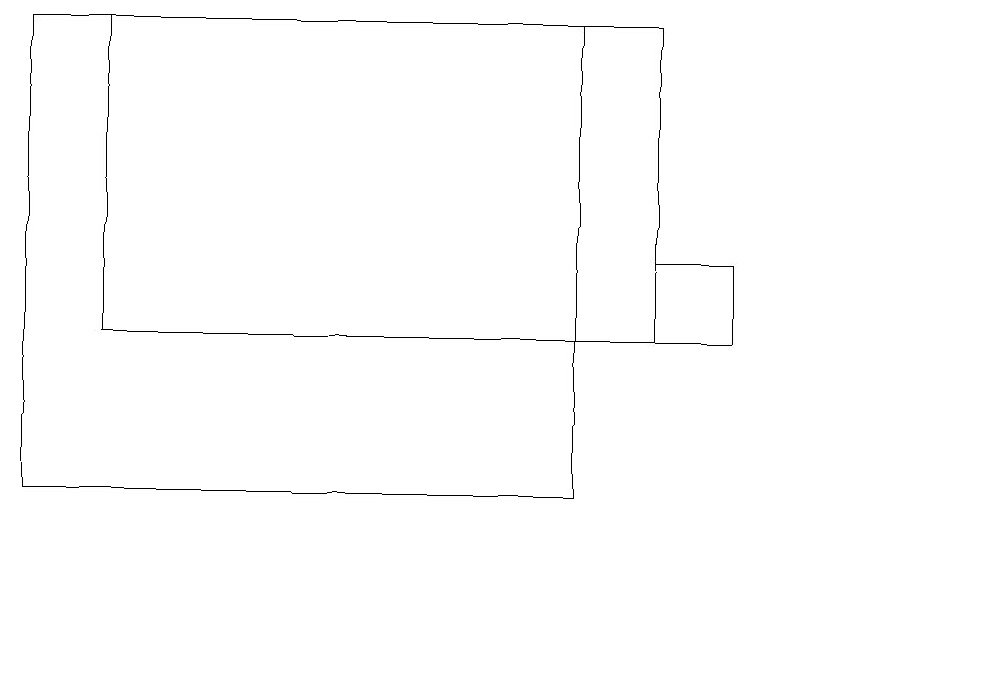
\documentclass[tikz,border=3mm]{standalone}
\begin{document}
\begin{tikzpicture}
\draw (12,11) circle (0);
\draw (0,13) rectangle (7,19);
\draw (1,19) rectangle (8,15);
\draw (8,16) rectangle (9,15);
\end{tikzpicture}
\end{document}